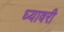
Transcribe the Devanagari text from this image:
घ्यावरी